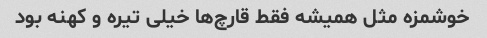
خوشمزه مثل همیشه فقط قارچ‌ها خیلی تیره و کهنه بود